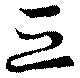
亘